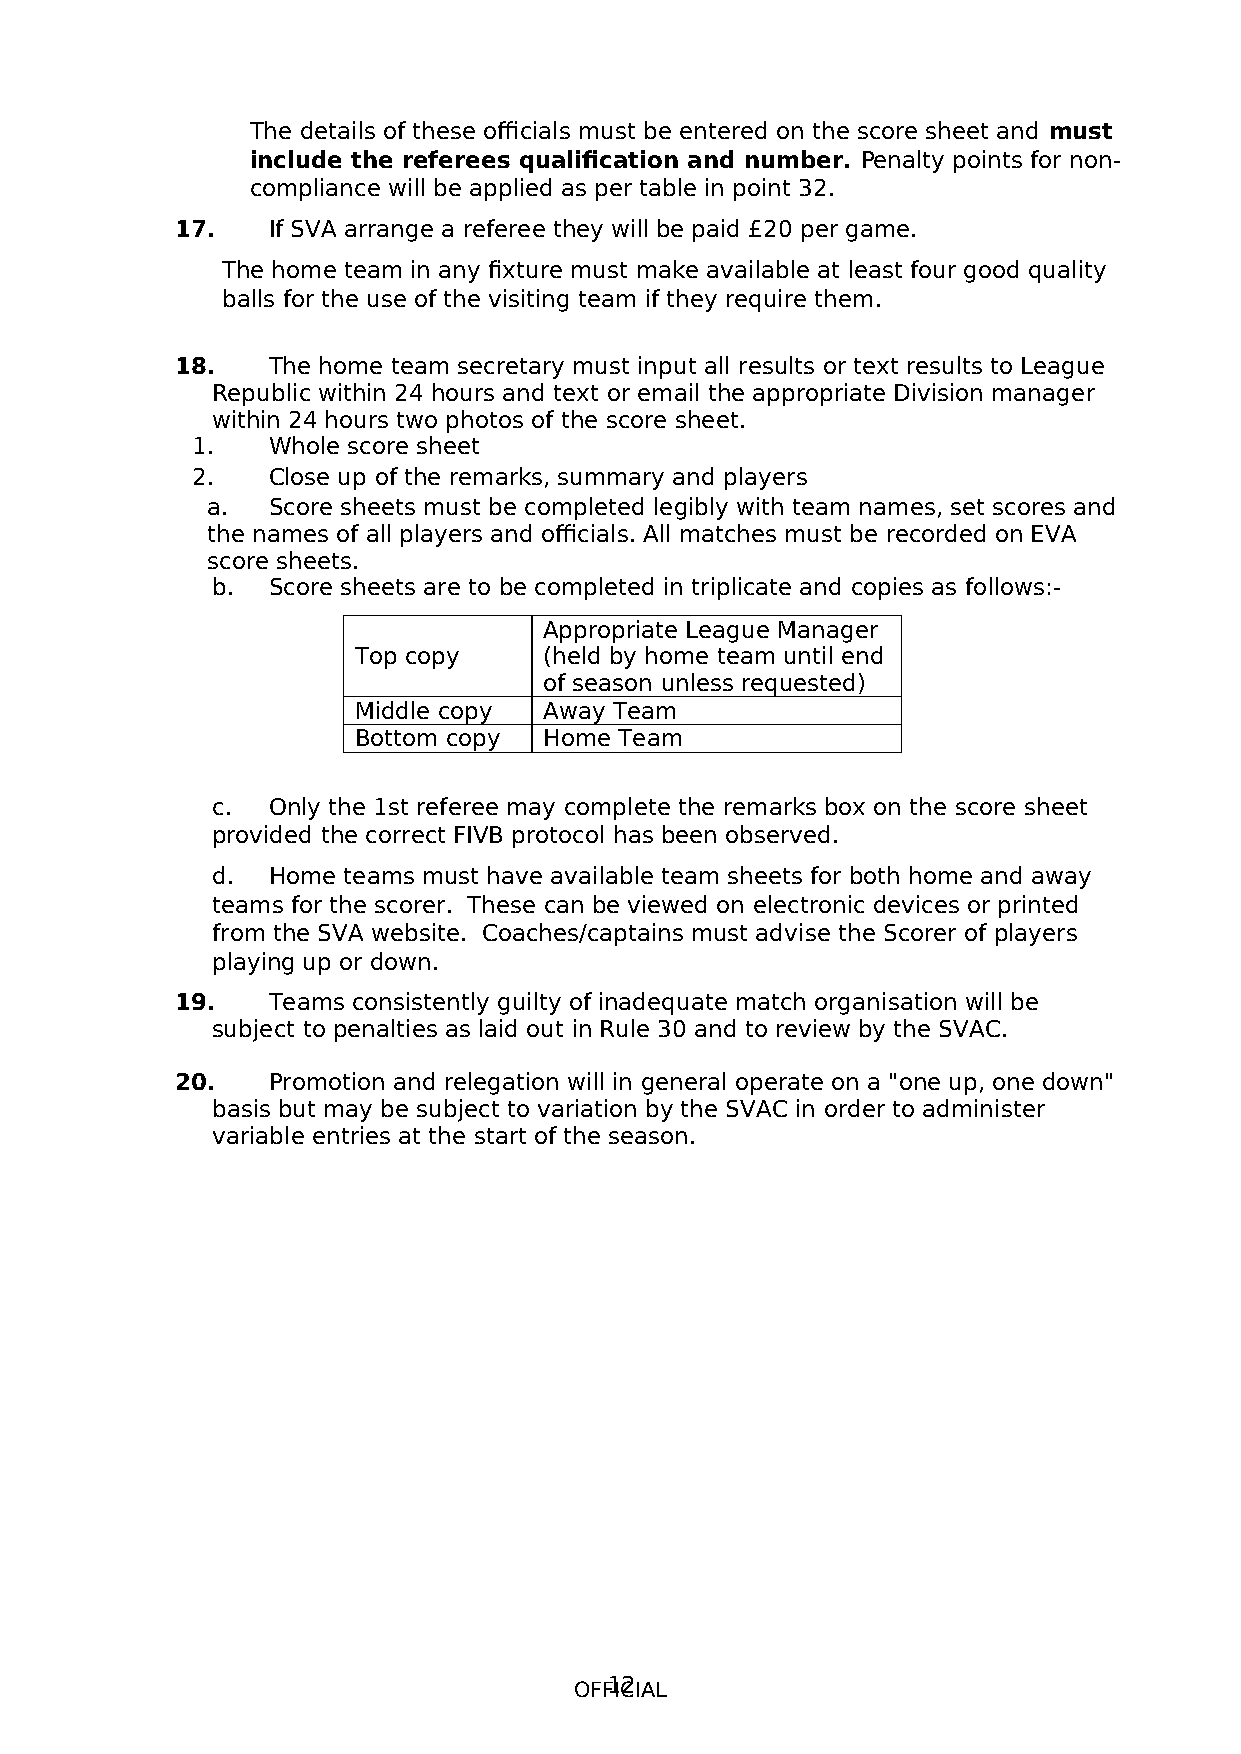
The details of these officials must be entered on the score sheet and must
 include the referees qualification and number. Penalty points for non-
 compliance will be applied as per table in point 32.
 17.   If SVA arrange a referee they will be paid £20 per game.
 The home team in any fixture must make available at least four good quality
 balls for the use of the visiting team if they require them.
 18.   The home team secretary must input all results or text results to League
 Republic within 24 hours and text or email the appropriate Division manager
 within 24 hours two photos of the score sheet.
 1.   Whole score sheet
 2.   Close up of the remarks, summary and players
 a.  Score sheets must be completed legibly with team names, set scores and
 the names of all players and officials. All matches must be recorded on EVA
 score sheets.
 b.  Score sheets are to be completed in triplicate and copies as follows:-
 Appropriate League Manager
 Top copy     (held by home team until end
 of season unless requested)
 Middle copy  Away Team
 Bottom copy  Home Team
 c.  Only the 1st referee may complete the remarks box on the score sheet
 provided the correct FIVB protocol has been observed.
 d.  Home teams must have available team sheets for both home and away
 teams for the scorer. These can be viewed on electronic devices or printed
 from the SVA website. Coaches/captains must advise the Scorer of players
 playing up or down.
 19.   Teams consistently guilty of inadequate match organisation will be
 subject to penalties as laid out in Rule 30 and to review by the SVAC.
 20.   Promotion and relegation will in general operate on a "one up, one down"
 basis but may be subject to variation by the SVAC in order to administer
 variable entries at the start of the season.
 OFF1IC2IAL